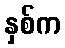
နှစ်က